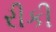
રીકી